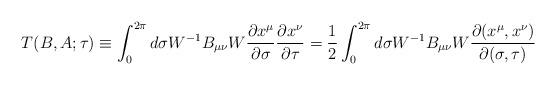
LaTeX: \begin{align*}T(B,A;\tau) \equiv \int_0^{2\pi}d\sigma W^{-1}B_{\mu \nu}W \frac{\partial x^{\mu}}{\partial \sigma} \frac{\partial x^{\nu}}{\partial \tau} =\frac12 \int_0^{2\pi}d\sigma W^{-1}B_{\mu \nu}W \frac{\partial (x^{\mu}, x^{\nu})}{\partial (\sigma, \tau)} \end{align*}